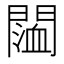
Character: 𨵨